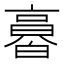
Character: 𠆌